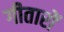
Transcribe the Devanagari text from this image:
गीतारों